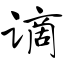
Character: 谪